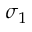
\sigma _ { 1 }